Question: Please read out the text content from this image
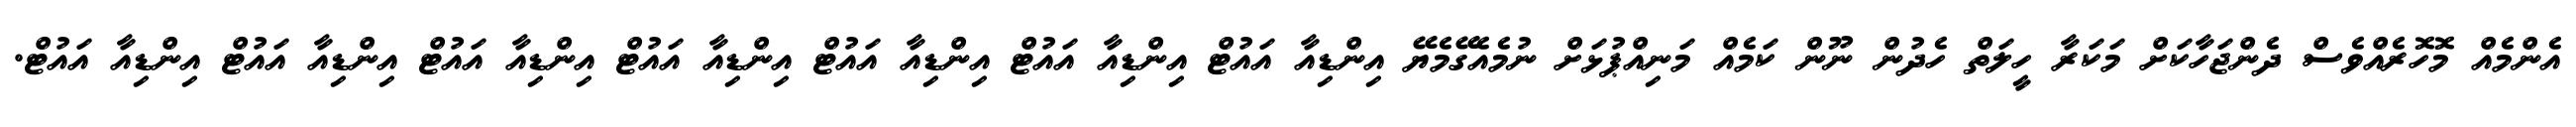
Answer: އެންމެއް މޮހޮރެއްވެސް ދެންޖަހާކަށް މަކަރާ ހީލަތް ހެދުން ނޫން ކަމެއް މަނިއްޕުޅަށް ނުމެއެގޭމެޔޭ އިންޑިއާ އައުޓް އިންޑިއާ އައުޓް އިންޑިއާ އައުޓް އިންޑިއާ އައުޓް އިންޑިއާ އައުޓް އިންޑިއާ އައުޓް އިންޑިއާ އައުޓް.